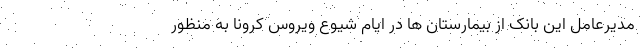
مدیرعامل این بانک از بیمارستان ها در ایام شیوع ویروس کرونا به منظور